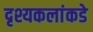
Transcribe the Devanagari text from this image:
दृश्यकलांकडे